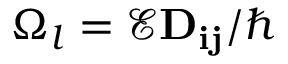
\Omega _ { l } = \mathcal { E } \mathbf { D _ { i j } } / \hbar